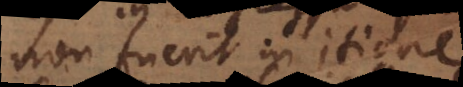
non fuerit in itione,